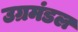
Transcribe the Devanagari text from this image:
उग्रमंडल